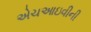
એચઆઇવીની